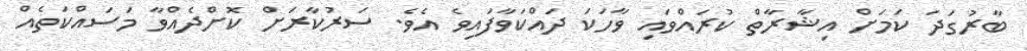
ބާރުގަދަ ކަމަށް އިޝާރާތް ކުރައްވައި ވާހަކަ ދައްކަވާފައިވެ އެވެ. ސަރުކާރަށް ކޮށްދެއްވާ މަސައްކަތެއް